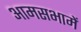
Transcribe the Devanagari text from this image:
आमसभामें